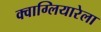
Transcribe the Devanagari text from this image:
क्वाग्लियारेला